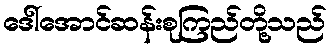
ဒေါ်အောင်ဆန်းစုကြည်တို့သည်